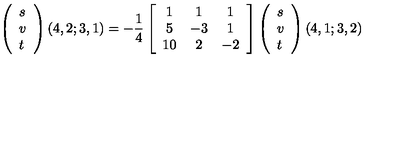
\left( \begin{array} { l } { s } \\ { v } \\ { t } \\ \end{array} \right) ( 4 , 2 ; 3 , 1 ) = - \frac { 1 } { 4 } \left[ \begin{array} { c c c } { 1 } & { 1 } & { 1 } \\ { 5 } & { - 3 } & { 1 } \\ { 1 0 } & { 2 } & { - 2 } \\ \end{array} \right] \left( \begin{array} { l } { s } \\ { v } \\ { t } \\ \end{array} \right) ( 4 , 1 ; 3 , 2 )